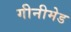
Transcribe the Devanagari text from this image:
गीनीमेड